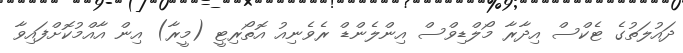
ދައުލަތުގެ ޓެކްސް އިދާރާ މޯލްޑިވްސް އިންލެންޑް ރެވެނިއު އޮތޯރިޓީ (މީރާ) އިން އާއްމުކޮށްފައިވާ